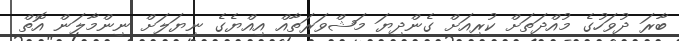
ބާރަ ދުވަހުގެ މުއްދަތަށް ކުރިއަށް ގެންދިޔަ މަޝްވަރަތާއް އިއްޔެގެ ނިޔަލަށް ނިންމާލަން އޮތް